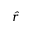
\hat { r }